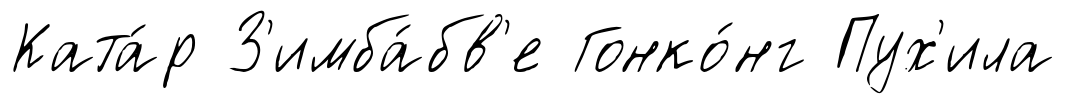
Ката́р З'имба́бв'е Гонко́нг Пух'ила